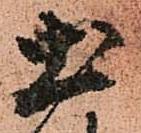
土